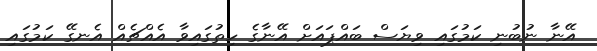
އޭނާ ނުބުނި ކަމުގައި ވިޔަސް ބައްޕައަށް އޭނާގެ ހިތުގައިވާ އެއްޗެއް އެނގޭ ކަމުގައި